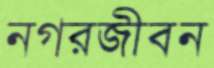
নগরজীবন